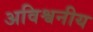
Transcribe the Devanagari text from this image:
अविश्वनीय